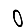
Digit: 0